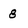
Character: 8